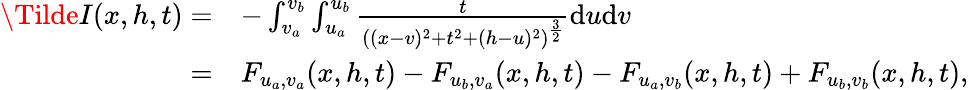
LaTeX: \begin{array}{rl}{\Tilde{I}(x,h,t)=}&{-\int_{v_{a}}^{v_{b}}\int_{u_{a}}^{u_{b}}\frac{t}{\left((x-v)^{2}+t^{2}+(h-u)^{2}\right)^{\frac{3}{2}}}\mathrm{d}u\mathrm{d}v}\\ {=}&{F_{u_{a},v_{a}}(x,h,t)-F_{u_{b},v_{a}}(x,h,t)-F_{u_{a},v_{b}}(x,h,t)+F_{u_{b},v_{b}}(x,h,t),}\end{array}